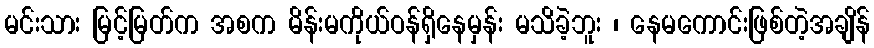
မင်းသား မြင့်မြတ်က အစက မိန်းမကိုယ်ဝန်ရှိနေမှန်း မသိခဲ့ဘူး ၊ နေမကောင်းဖြစ်တဲ့အချိန်